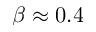
\beta \approx 0 . 4